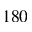
1 8 0